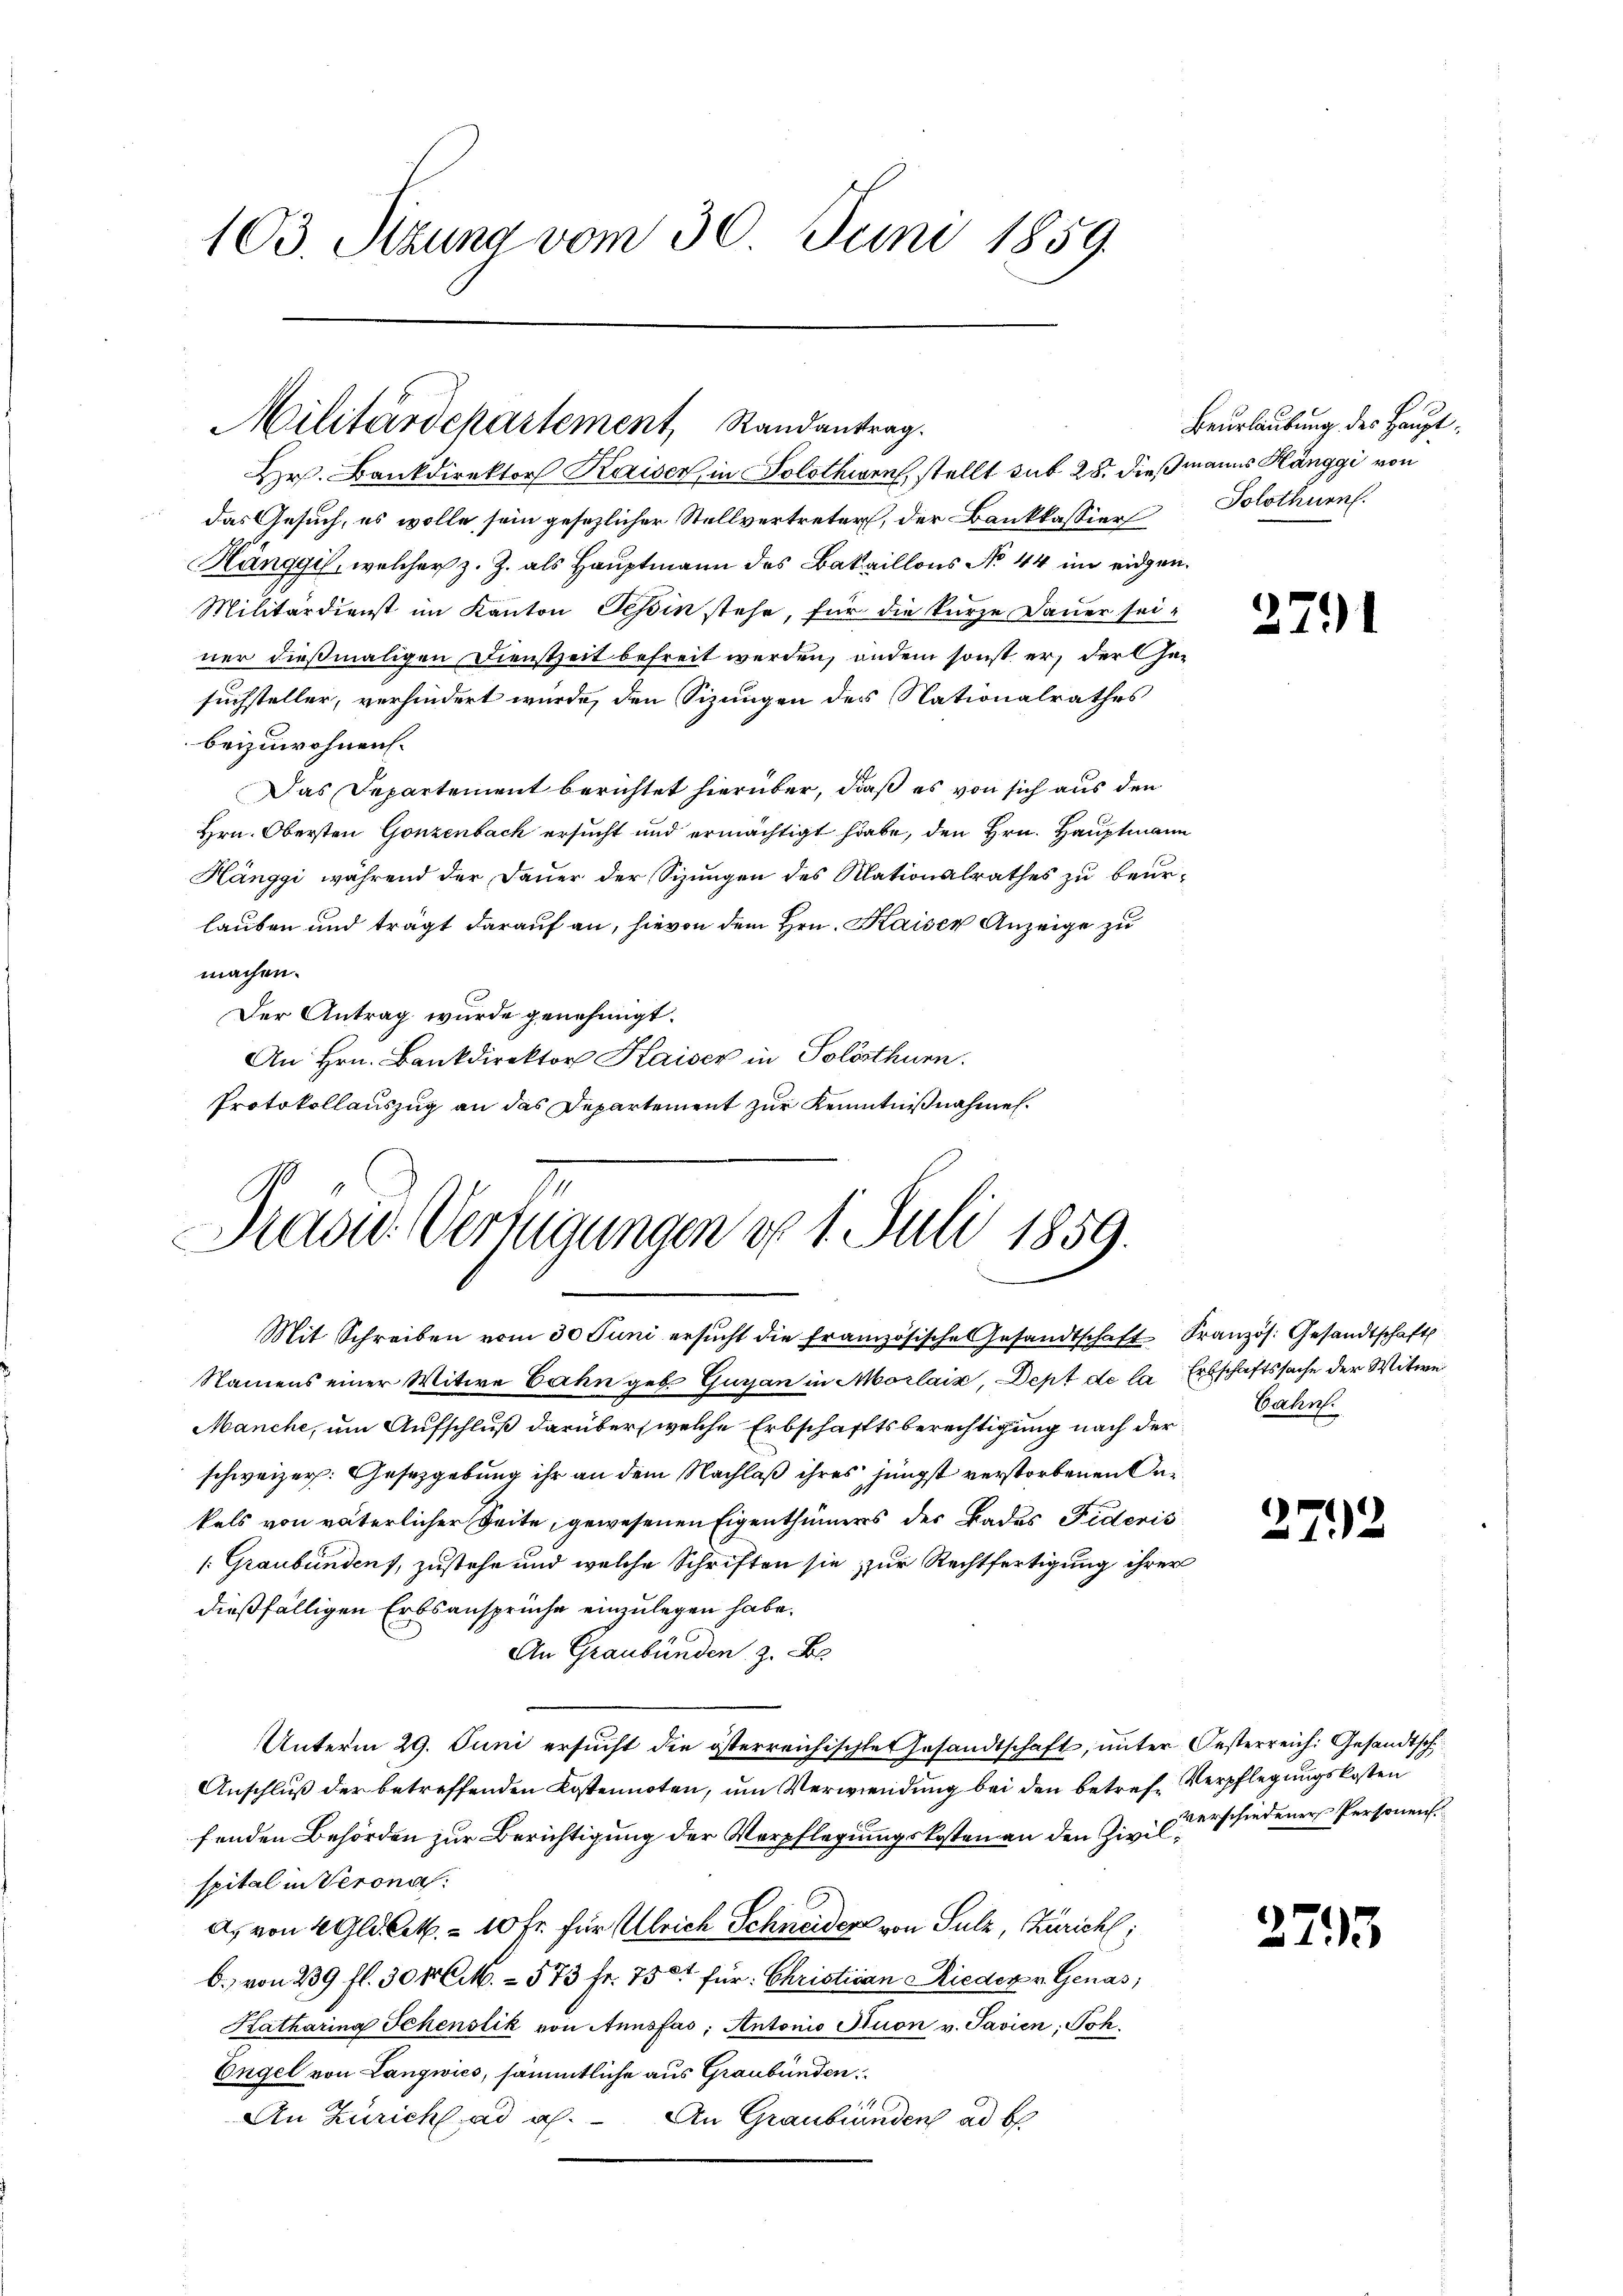
103. Sizung vom 30. Juni 1859.

das Gesuch, es wolle sein gesezlicher Stellvertretur, der Bankkassier
Hänggis, welcher z. Z. als Hauptmann des Bataillons No 44 im eidgen.
Militärdienst im Kanton Tessin stehe, für die kurze Dauer sei-
ner dießmaligen Dienstzeit befreit werden, andem sonst er, der Gesuchsteller, verhindert wurde, den Sizungen des Nationalrathes
beizuwohnen.
Das Departement berichtet hierüber, daß es von sich aus den
Hrn. Obersten Gonzenbach ersucht und ermächtigt habe, den Hrn. Hauptmann
Hänggi während der Dauer der Sizungen des Nationalrathes zu beurlauben und trägt darauf an, hievon dem Hrn. Kaiser Anzeige zu
machen.
Der Antrag wurde genehmigt.
An Hrn. Bankdirektor Kaiser in Solothurn.
Protokollauszug an das Departement zur Kenntnißnahmen.

Militärdepartement, Randantrag.
Hr. Bankdirektor Kaiser in Solothwen, stellt sub 28. dießmanns Hänggi von

Brasie Verfügungen d. 1. Juli 1859.

Beurlaubung des Haupt¬
Solothurn.

Mit Schreiben vom 30 Juni ersŭcht die französische Gesandtschaft Französ. Gesandtschaft
Namens einer Witwe Bahn geb. Gugan in Morlais, Dept de la Erbschaftssache der Witwe
Manche, um Aufschluß darüber welche Erbschafftsberechtigung nach der
schweizer. Gesetzgebung ihr an dem Nachlaß ihres jüngst verstorbenen Gekels von väterlicher Zeite, gewesenen Eigenthümers der Bades Fideris
/: Graubünden, zustehe und welche Schriften sie zur Rechtfertigung ihrer
dießfälligen Erbsansprüche einzulegen habe.
An Graubünden, z. B.
Unterm 29. Juni ersucht die österreichischtetesandtschaft, unter Oesterreich: Gesandtsch
Anschluß der betreffenden Kostennoten, um Verwendung bei den betref- Verpflegungskosten
fenden Behörden zur Berichtigung der Verpflegungskosten an den Zivil erschiedener Personen
spital in Verona
a, von 2 Gldlek. = 10 fr. für Ulrich Schneiders von Sulz, Zürich;
b. von 239 fl. 30 Mik. - 573 fr. 750 für Christian Rieder v. Genas,
Katharina Schenstik von Annsfas; Antonio Stuon v. Javien, Soh¬
Engel von Langwies, sämmtliche aus Graubünden
An Zürich ad a. An Graubünden ad b

2791

Cahn.

279.

2795